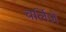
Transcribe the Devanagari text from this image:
चर्लिज़े